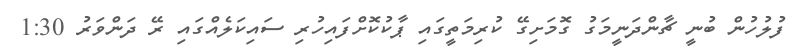
ފުލުހުން ބުނީ ޗާންދަނީމަގު ގޮމަށިގޭ ކުރިމަތީގައި ޕާކުކޮށްފައިހުރި ސައިކަލެއްގައި ރޭ ދަންވަރު 1:30